Annual administration and progress report of the Indian Medical Department, Bombay
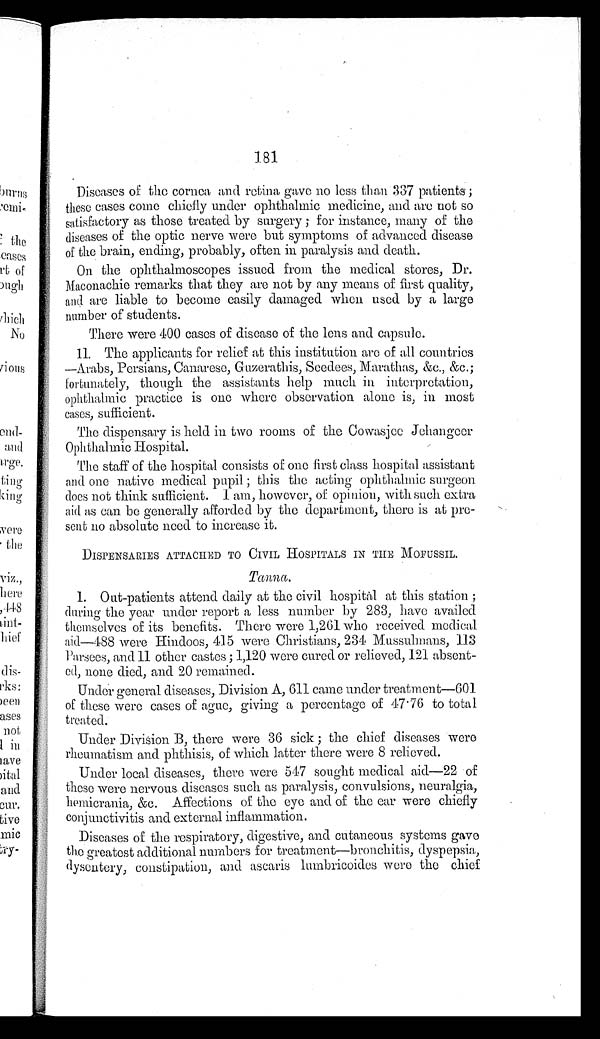
Diseases of the cornea and retina gave no less than 337 patients;
these cases come chiefly under ophthalmic medicine, and are not so
satisfactory as those treated by surgery ; for instance, many of the
diseases of the optic nerve were but symptoms of advanced disease
of the brain, ending, probably, often in paralysis and death.
On the ophthalmoscopes issued from the medical stores, Dr.
Maconachie remarks that they are not by any means of first quality,
and are liable to become easily damaged when used by a large
number of students.
There were 400 cases of disease of the lens and capsule.
11. The applicants for relief at this institution are of all countries
—Arabs, Persians, Canarese, Guzerathis, Seedees, Marathas, &c., &c.;
fortunately, though the assistants help much in interpretation,
ophthalmic practice is one where observation alone is, in most
cases, sufficient.
The dispensary is held in two rooms of the Cowasjee Jchangeer
Ophthalmic Hospital.
The staff of the hospital consists of one first class hospital assistant
and one native medical pupil ; this the acting ophthalmic surgeon
does not think sufficient. I am, however, of opinion, with such extra
aid as can be generally afforded by the department, there is at pre
-sent no absolute need to increase it.
DISPENSARIES ATTACHED TO CIVIL HOSPITALS IN THE MOFUSSIL.
Tanna.
1. Out-patients attend daily at the civil hospital at this station;
during the year under report a less number by 283, have availed
themselves of its benefits. There were 1,261 who received medical.
aid—488 were Hindoos, 415 were Christians, 234 Mussulmans, 113
Parsees, and 11 other castes; 1,120 were cured or relieved, 121 absent
-ed, none died, and 20 remained.
Under general diseases, Division A, 611 came under treatment—601
of these were cases of ague, giving a percentage of 47.76 to total
treated.
Under Division B, there were 36 sick; the chief diseases were
rheumatism and phthisis, of which latter there were 8 relieved.
Under local diseases, there were 547 sought medical aid—22 of
these were nervous diseases such as paralysis, convulsions, neuralgia,
&c. Affections of the eye and of the ear were chiefly
conjunctivitis and external inflammation.
Diseases of the respiratory, digestive, and cutaneous systems gave
the greatest additional numbers for treatment—bronchitis, dyspepsia,
dysentery, constipation, and ascaris lumbricoides were the chief